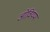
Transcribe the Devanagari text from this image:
ओवियम